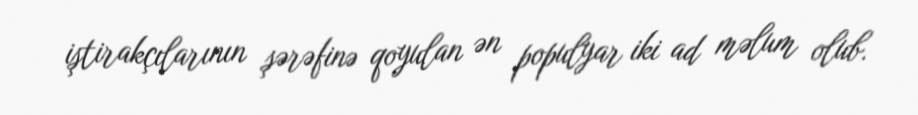
iştirakçılarının şərəfinə qoyulan ən populyar iki ad məlum olub.